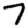
Digit: 7